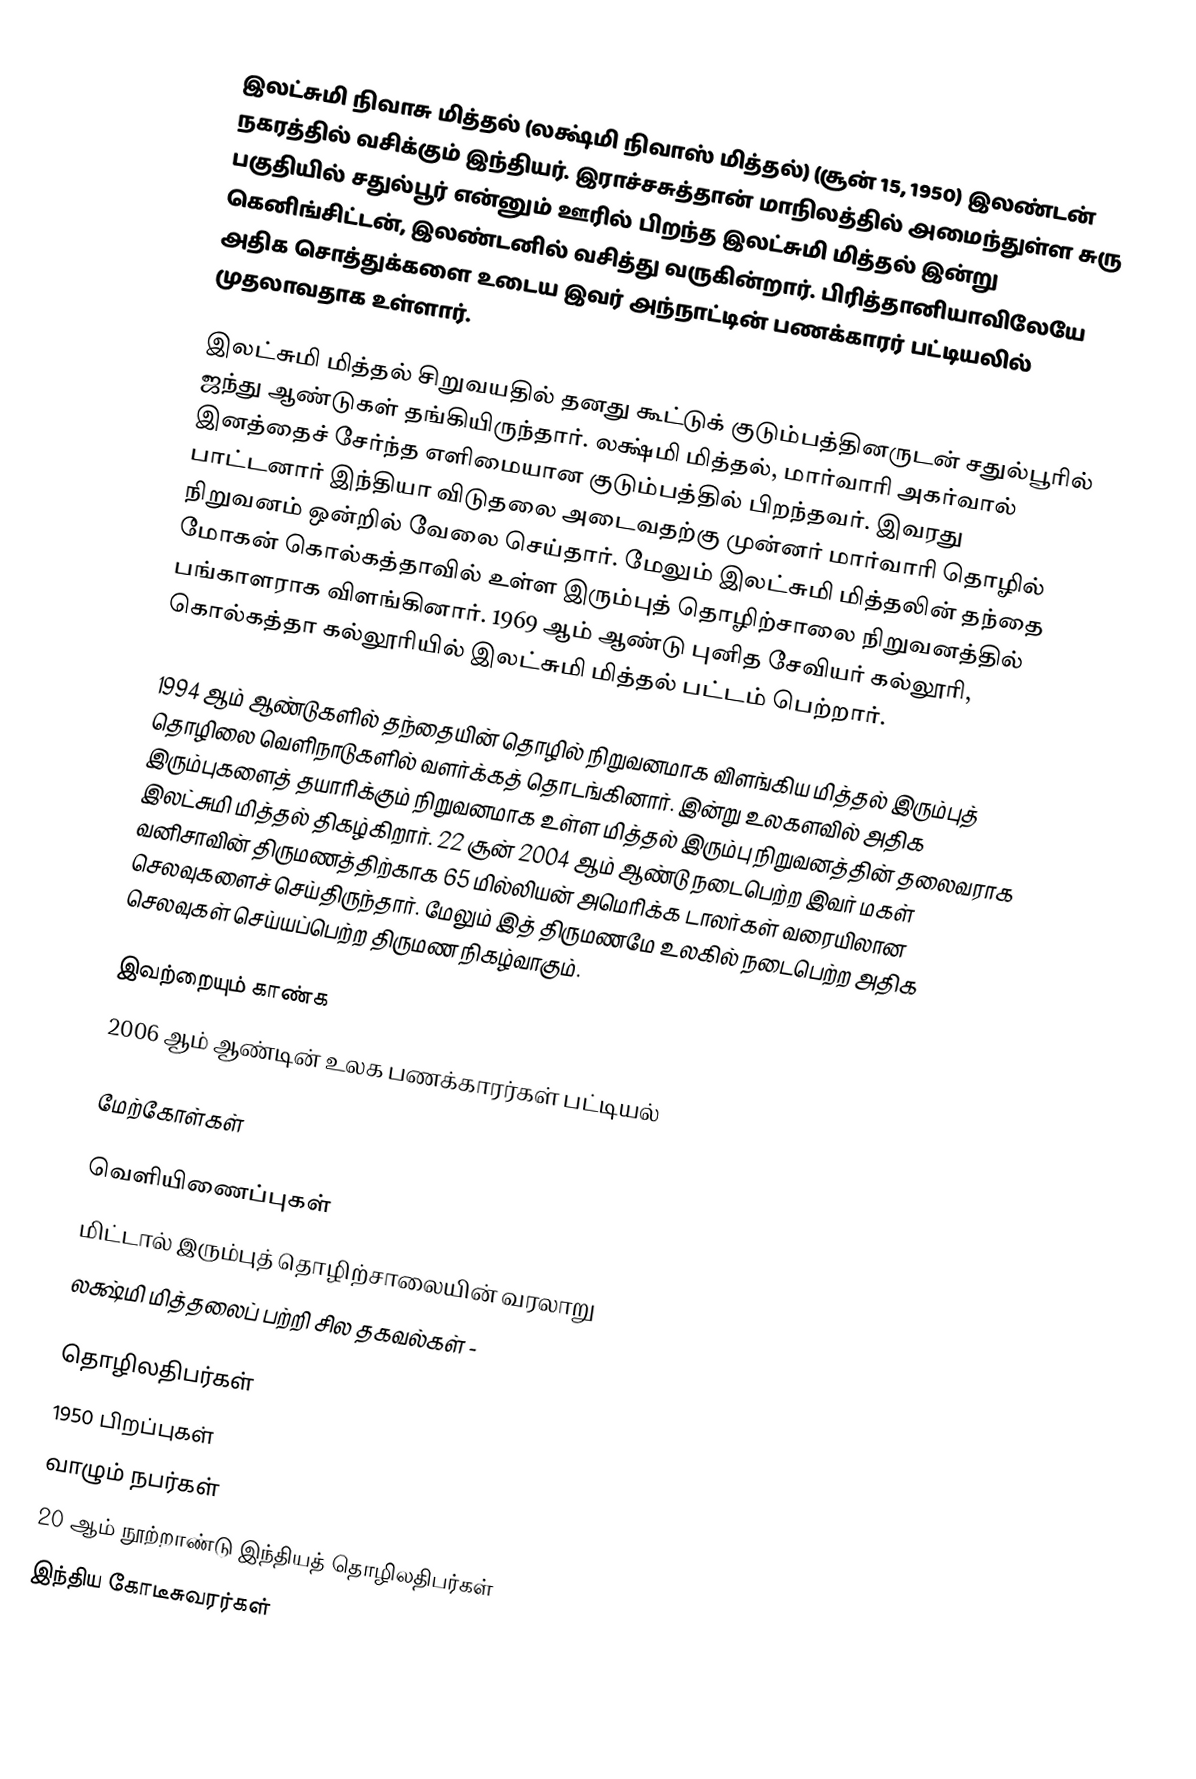
இலட்சுமி நிவாசு மித்தல் (லக்ஷ்மி நிவாஸ் மித்தல்) (சூன் 15, 1950) இலண்டன் நகரத்தில் வசிக்கும் இந்தியர். இராச்சசுத்தான் மாநிலத்தில் அமைந்துள்ள சுரு பகுதியில் சதுல்பூர் என்னும் ஊரில் பிறந்த இலட்சுமி மித்தல் இன்று கெனிங்சிட்டன், இலண்டனில் வசித்து வருகின்றார். பிரித்தானியாவிலேயே அதிக சொத்துக்களை உடைய இவர் அந்நாட்டின் பணக்காரர் பட்டியலில் முதலாவதாக உள்ளார்.

இலட்சுமி மித்தல் சிறுவயதில் தனது கூட்டுக் குடும்பத்தினருடன் சதுல்பூரில் ஜந்து ஆண்டுகள் தங்கியிருந்தார். லக்ஷ்மி மித்தல், மார்வாரி அகர்வால் இனத்தைச் சேர்ந்த எளிமையான குடும்பத்தில் பிறந்தவர். இவரது பாட்டனார் இந்தியா விடுதலை அடைவதற்கு முன்னர் மார்வாரி தொழில் நிறுவனம் ஒன்றில் வேலை செய்தார். மேலும் இலட்சுமி மித்தலின் தந்தை மோகன் கொல்கத்தாவில் உள்ள இரும்புத் தொழிற்சாலை நிறுவனத்தில் பங்காளராக விளங்கினார். 1969 ஆம் ஆண்டு புனித சேவியர் கல்லூரி, கொல்கத்தா கல்லூரியில் இலட்சுமி மித்தல் பட்டம் பெற்றார்.

1994 ஆம் ஆண்டுகளில் தந்தையின் தொழில் நிறுவனமாக விளங்கிய மித்தல் இரும்புத் தொழிலை வெளிநாடுகளில் வளர்க்கத் தொடங்கினார். இன்று உலகளவில் அதிக இரும்புகளைத் தயாரிக்கும் நிறுவனமாக  உள்ள மித்தல் இரும்பு நிறுவனத்தின் தலைவராக இலட்சுமி மித்தல் திகழ்கிறார். 22 சூன் 2004 ஆம் ஆண்டு நடைபெற்ற இவர் மகள் வனிசாவின் திருமணத்திற்காக 65 மில்லியன் அமெரிக்க டாலர்கள் வரையிலான செலவுகளைச் செய்திருந்தார். மேலும் இத் திருமணமே உலகில் நடைபெற்ற அதிக செலவுகள் செய்யப்பெற்ற திருமண நிகழ்வாகும்.

இவற்றையும் காண்க
 2006 ஆம் ஆண்டின் உலக பணக்காரர்கள் பட்டியல்

மேற்கோள்கள்

வெளியிணைப்புகள்
 மிட்டால் இரும்புத் தொழிற்சாலையின் வரலாறு
 லக்ஷ்மி மித்தலைப் பற்றி சில தகவல்கள் -

தொழிலதிபர்கள்
1950 பிறப்புகள்
வாழும் நபர்கள்
20 ஆம் நூற்றாண்டு இந்தியத் தொழிலதிபர்கள்
இந்திய கோடீசுவரர்கள்